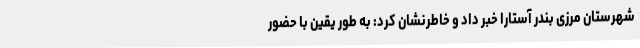
شهرستان مرزی بندر آستارا خبر داد و خاطرنشان کرد: به طور یقین با حضور